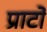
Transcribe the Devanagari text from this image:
प्राटो